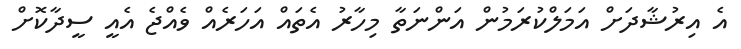
އެ އިރުޝާދަށް އަމަލްކުރަމުން އަންނަތާ މިހާރު އެތައް އަހަރެއް ވެއްޖެ އެއީ ސީދާކޮށް